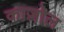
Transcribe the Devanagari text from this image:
काज़ोल